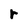
Character: r